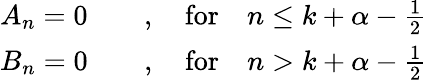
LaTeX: \begin{array}{c}{{A_{n}=0\qquad,\quad\mathrm{for}\quad n\leq k+\alpha-\frac{1}{2}}}\\ {{B_{n}=0\qquad,\quad\mathrm{for}\quad n>k+\alpha-\frac{1}{2}}}\end{array}